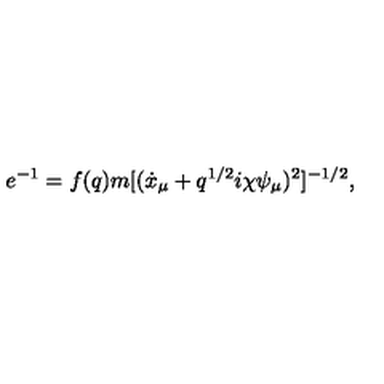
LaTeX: e ^ { - 1 } = f ( q ) m [ ( \dot { x } _ { \mu } + q ^ { 1 / 2 } i \chi \psi _ { \mu } ) ^ { 2 } ] ^ { - 1 / 2 } ,